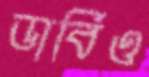
ডার্বিও